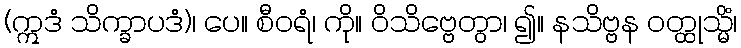
(ဣဒံ သိက္ခာပဒံ)၊ ပေ။ စီဝရံ၊ ကို။ ဝိသိဗ္ဗေတွာ၊ ၍။ နသိဗ္ဗန ဝတ္ထုသ္မိံ၊